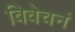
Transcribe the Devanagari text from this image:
विवेचनं